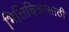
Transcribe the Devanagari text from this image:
भित्तिचित्रांसाठी